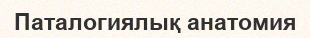
Паталогиялық анатомия